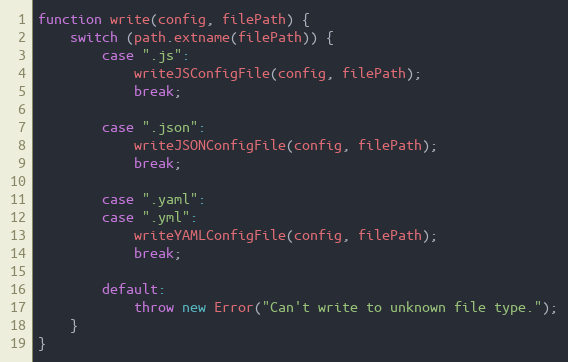
Language: JavaScript
function write(config, filePath) {
    switch (path.extname(filePath)) {
        case ".js":
            writeJSConfigFile(config, filePath);
            break;

        case ".json":
            writeJSONConfigFile(config, filePath);
            break;

        case ".yaml":
        case ".yml":
            writeYAMLConfigFile(config, filePath);
            break;

        default:
            throw new Error("Can't write to unknown file type.");
    }
}